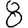
Digit: 8